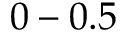
0 - 0 . 5